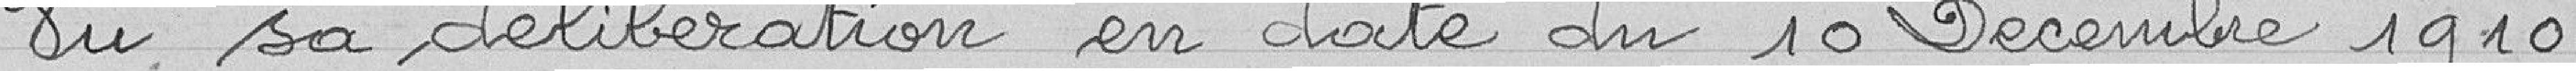
Vu sa délibération en date du 10 Décembre 1910